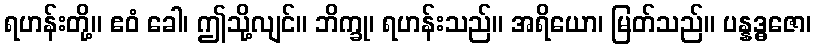
ရဟန်းတို့။ ဧဝံ ခေါ၊ ဤသို့လျင်။ ဘိက္ခု၊ ရဟန်းသည်။ အရိယော၊ မြတ်သည်။ ပန္နဒ္ဓဇော၊